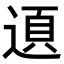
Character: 𨔞